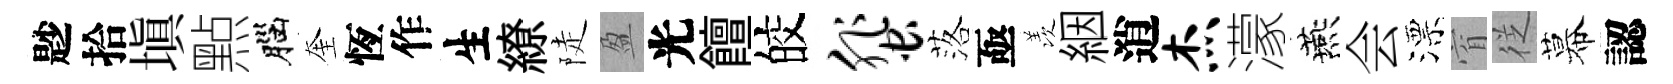
尟拾填㸃腦奎恆作生繚陡盈光饘皎蜚落亟羡絪逍杰濛燕会漂窅徔幕認